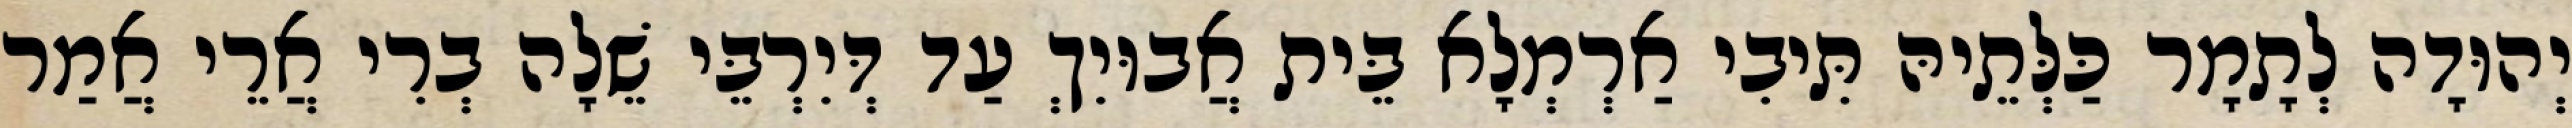
יְהוּדָה לְתָמָר כַּלְּתֵיהּ תִּיבִי אַרְמְלָא בֵּית אֲבוּיִךְ עַד דְּיִרְבֵּי שֵׁלָה בְרִי אֲרֵי אֲמַר